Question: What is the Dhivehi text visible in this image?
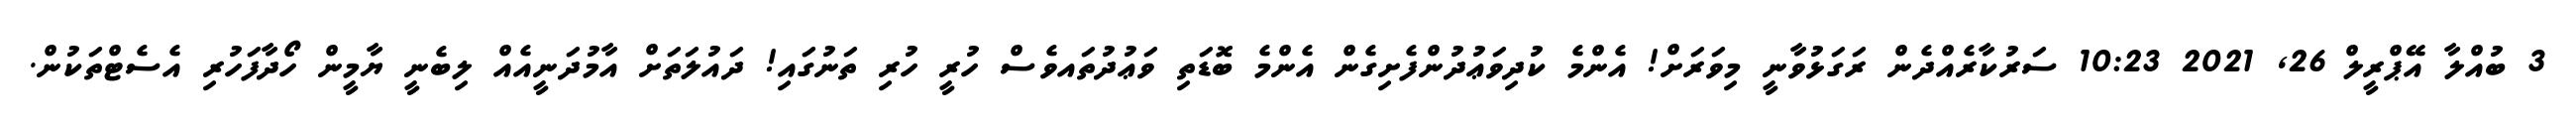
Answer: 3 ބުއްލާ އޭޕްރީލް 26, 2021 10:23 ސަރުކާރެއްދެން ރަގަޅުވާނީ މިވަރަށް! އެންމެ ކުދިވަޢުދުންފެށިގެން އެންމެ ބޮޑަތި ވަޢުދުތައވެސް ހުރީ ހުރި ތަނުގައި! ދައުލަތަށް އާމުދަނީއެއް ލިބެނީ ޔާމީން ހޯދާފަހުރި އެސެޓްތަކުން.